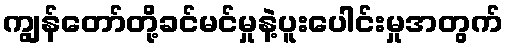
ကျွန်တော်တို့ခင်မင်မှုနဲ့ပူးပေါင်းမှုအတွက်